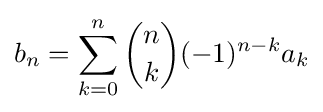
b_{n}=\sum _{k=0}^{n}{\binom {n}{k}}(-1)^{n-k}a_{k}